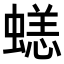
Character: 𧏮